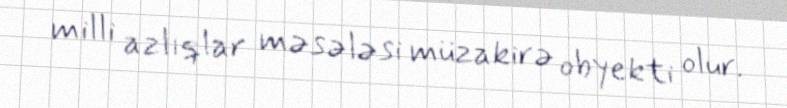
milli azlıqlar məsələsi müzakirə obyekti olur.